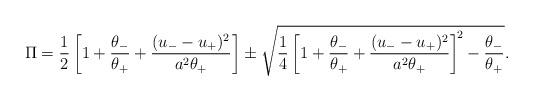
LaTeX: \begin{align*} \Pi = \frac{1}{2}\left[1 + \frac{\theta_-}{\theta_+} + \frac{ (u_- - u_+)^2}{a^2\theta_+} \right] \pm \sqrt{\frac{1}{4}\left[1 + \frac{\theta_-}{\theta_+} + \frac{ (u_- - u_+)^2}{a^2\theta_+} \right]^{\! 2} - \frac{\theta_-}{\theta_+}}.\end{align*}